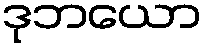
ဒုဘယော